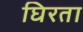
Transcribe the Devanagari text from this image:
घिरता